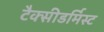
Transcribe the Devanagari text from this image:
टैक्सीडर्मिस्ट